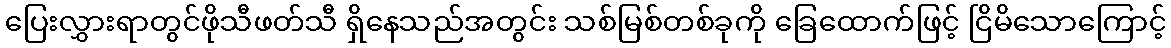
ပြေးလွှားရာတွင်ဖိုသီဖတ်သီ ရှိနေသည်အတွင်း သစ်မြစ်တစ်ခုကို ခြေထောက်ဖြင့် ငြိမိသောကြောင့်